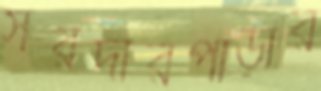
সরদারপাড়ার